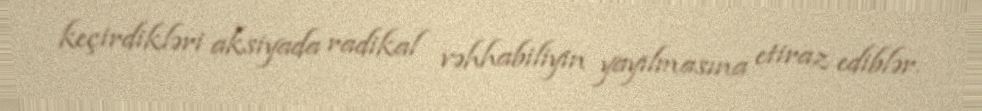
keçirdikləri aksiyada radikal vəhhabiliyin yayılmasına etiraz ediblər.